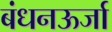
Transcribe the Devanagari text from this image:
बंधनऊर्जा